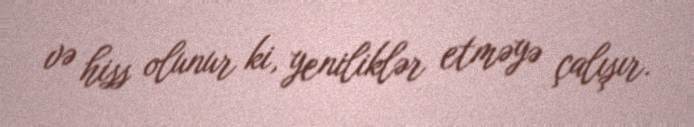
və hiss olunur ki, yeniliklər etməyə çalışır.